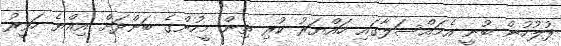
ފުލުހުން ބުނީ އެމައްސަލާގައި ހައްޔަރު ކުރި ތިން މީހުންގެ ބަންދަށް އިއްޔެ ހަވީރު